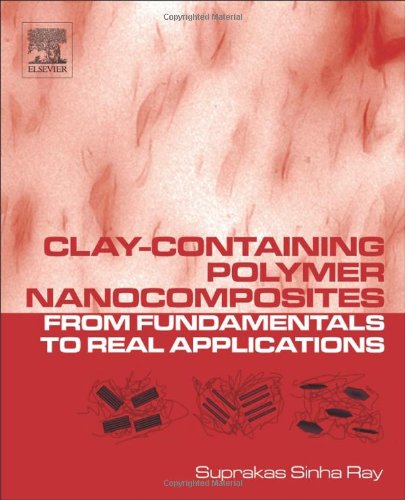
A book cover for Clay-Containing Polymer Nanocomposites: From Fundamentals to Real Applications; Suprakas Sinha Ray; Science & Math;